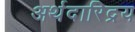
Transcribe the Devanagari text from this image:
अर्थदारिद्रय